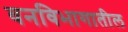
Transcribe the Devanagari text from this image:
वनविभागातील